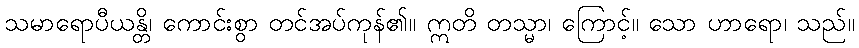
သမာရောပီယန္တိ၊ ကောင်းစွာ တင်အပ်ကုန်၏။ ဣတိ တသ္မာ၊ ကြောင့်။ သော ဟာရော၊ သည်။